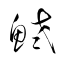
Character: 鮱